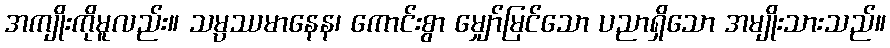
အကျိုးကိုမူလည်း။ သမ္ပဿမာနေန၊ ကောင်းစွာ မျှော်မြင်သော ပညာရှိသော အမျိုးသားသည်။